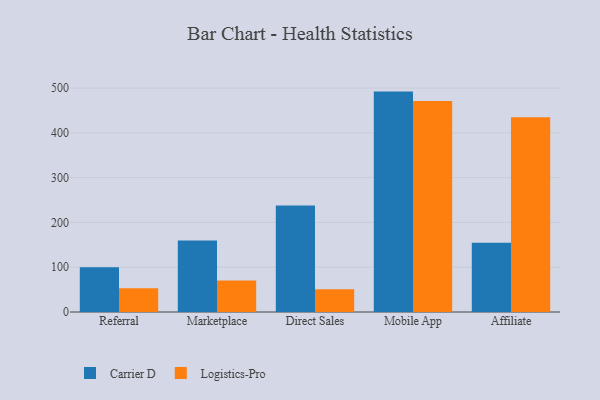
{"axis": {"x": "Channel", "y": "Bounce Rate (%)"}, "legend": ["Carrier D", "Logistics-Pro"], "data": [{"x": "Referral", "y": 99.8, "type": "Carrier D"}, {"x": "Referral", "y": 53.0, "type": "Logistics-Pro"}, {"x": "Marketplace", "y": 159.7, "type": "Carrier D"}, {"x": "Marketplace", "y": 70.4, "type": "Logistics-Pro"}, {"x": "Direct Sales", "y": 237.9, "type": "Carrier D"}, {"x": "Direct Sales", "y": 50.7, "type": "Logistics-Pro"}, {"x": "Mobile App", "y": 492.1, "type": "Carrier D"}, {"x": "Mobile App", "y": 471.1, "type": "Logistics-Pro"}, {"x": "Affiliate", "y": 154.8, "type": "Carrier D"}, {"x": "Affiliate", "y": 434.8, "type": "Logistics-Pro"}]}